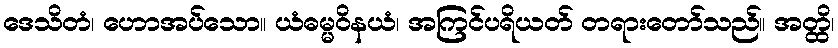
ဒေသိတံ၊ ဟောအပ်သော။ ယံဓမ္မဝိနယံ၊ အကြင်ပရိယတ် တရားတော်သည်။ အတ္ထိ၊